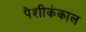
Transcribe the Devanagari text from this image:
पेशीकंकाल